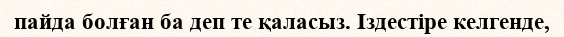
пайда болған ба деп те қаласыз. Іздестіре келгенде,